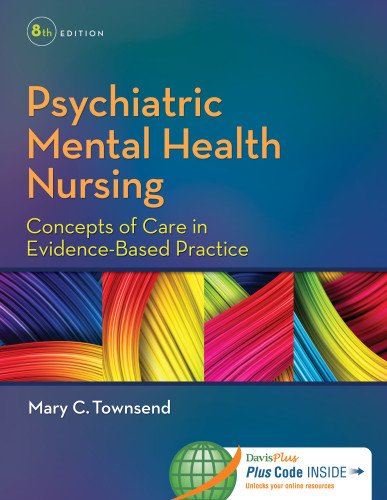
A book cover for Psychiatric Mental Health Nursing: Concepts of Care in Evidence-Based Practice; Mary C. Townsend DSN  PMHCNS-BC; Medical Books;